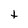
Character: t